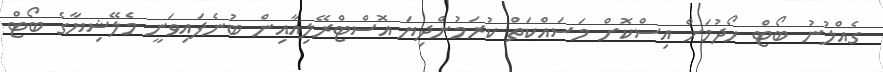
ގެއްލުނު ބޯޓް ހޯދުމަށް އިސްކޮށް މަސައްކަތް ކުރަމުންދިޔަ އޮސްޓްރޭލިއާއިން ބުނެފައިވަނީ މެލޭޝިޔާގެ ބޯޓް